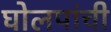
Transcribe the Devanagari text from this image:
घोलपांची